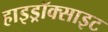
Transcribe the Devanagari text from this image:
हाइड्रॉक्साइट